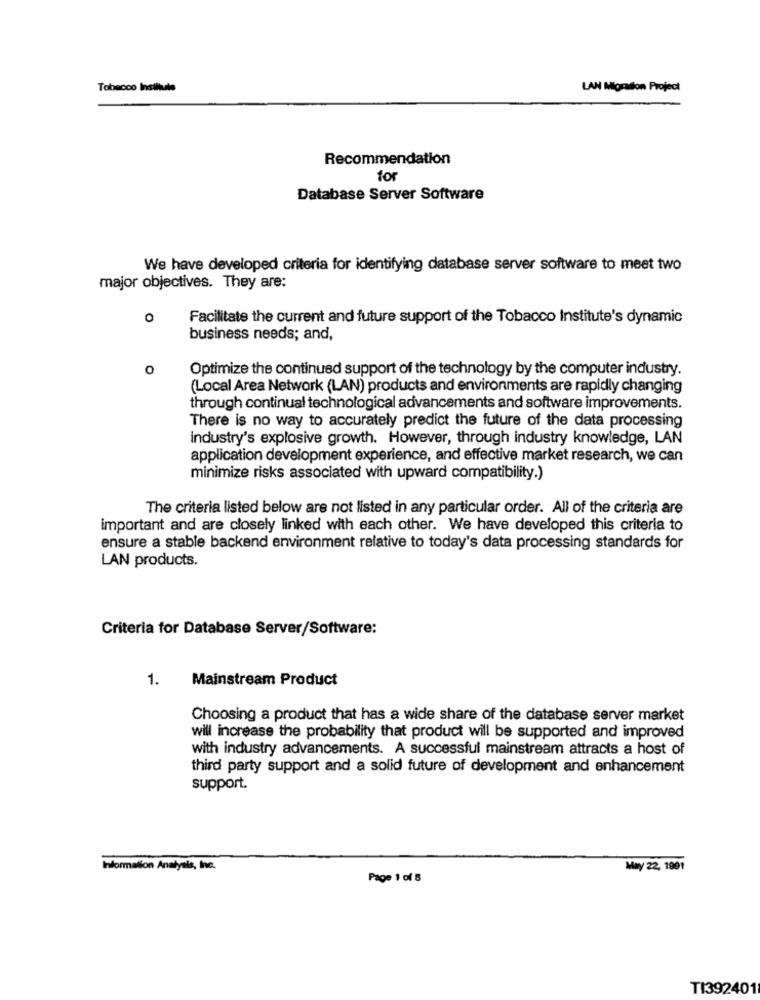
Tobacco Institute
LAN Migration Project
Recommendation
for
Database Server Software
We have developed criteria for identifying database server software to meet two
major objectives. They are:
0
Facilitate the current and future support of the Tobacco Institute's dynamic
business needs; and,
0
Optimize the continued support of the technology by the computer industry.
(Local Area Network (LAN) products and environments are rapidly changing
through continual technological advancements and software improvements.
There is no way to accurately predict the future of the data processing
industry's explosive growth. However, through industry knowledge, LAN
application development experience, and effective market research, we can
minimize risks associated with upward compatibility.)
The criteria listed below are not listed in any particular order. All of the criteria are
important and are closely linked with each other. We have developed this criteria to
ensure a stable backend environment relative to today's data processing standards for
LAN products.
Criteria for Database Server/Software:
1.
Mainstream Product
Choosing a product that has a wide share of the database server market
will increase the probability that product will be supported and improved
with industry advancements. A successful mainstream attracts a host of
third party support and a solid future of development and enhancement
support.
Information Analysis, Inc.
May 22, 1991
Page 1 of 5
TI392401